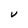
Character: V